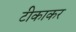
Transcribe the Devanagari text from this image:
टीकाकर